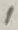
Text: 1